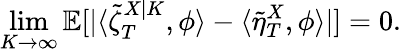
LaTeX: \operatorname*{lim}_{K\to\infty}\mathbb{E}[|\langle\tilde{\zeta}_{T}^{X|K},\phi\rangle-\langle\tilde{\eta}_{T}^{X},\phi\rangle|]=0.